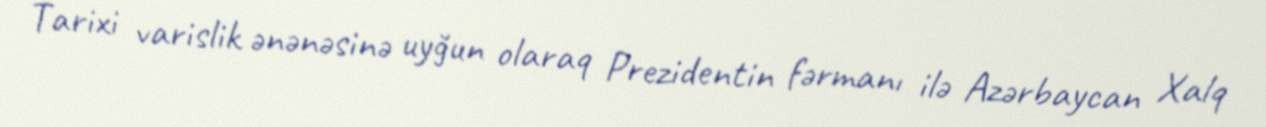
Tarixi varislik ənənəsinə uyğun olaraq Prezidentin fərmanı ilə Azərbaycan Xalq